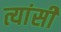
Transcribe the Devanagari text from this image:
त्यांसी